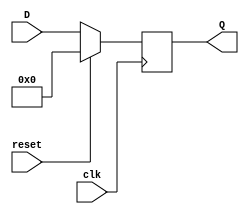
//-----------------------------------------------------------------------------
//
// Title       : Edge-triggered register with reset
// Design      : Y86 Processor
// Company     : UW
//
//-----------------------------------------------------------------------------

`timescale 1ns / 1ns

module register
  #(parameter N = 32)
   (input clk, reset,
    input [N-1:0] D,
    output reg [N-1:0] Q);

   always @ (posedge clk)
     if (reset) Q <= 32'h0;
     else       Q <= D;

endmodule // register